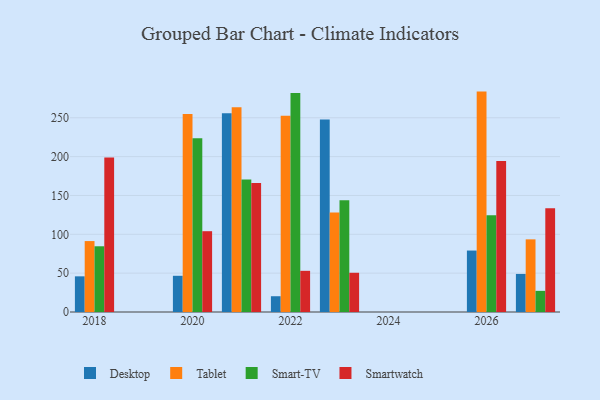
{"axis": {"x": "Year", "y": "Website Visitors"}, "legend": ["Desktop", "Smart-TV", "Smartwatch", "Tablet"], "data": [{"x": "2021", "y": 255.7, "type": "Desktop"}, {"x": "2021", "y": 263.5, "type": "Tablet"}, {"x": "2021", "y": 170.5, "type": "Smart-TV"}, {"x": "2021", "y": 166.1, "type": "Smartwatch"}, {"x": "2027", "y": 49.0, "type": "Desktop"}, {"x": "2027", "y": 93.5, "type": "Tablet"}, {"x": "2027", "y": 27.2, "type": "Smart-TV"}, {"x": "2027", "y": 133.7, "type": "Smartwatch"}, {"x": "2018", "y": 45.9, "type": "Desktop"}, {"x": "2018", "y": 91.3, "type": "Tablet"}, {"x": "2018", "y": 84.6, "type": "Smart-TV"}, {"x": "2018", "y": 199.0, "type": "Smartwatch"}, {"x": "2022", "y": 20.3, "type": "Desktop"}, {"x": "2022", "y": 252.6, "type": "Tablet"}, {"x": "2022", "y": 281.9, "type": "Smart-TV"}, {"x": "2022", "y": 53.0, "type": "Smartwatch"}, {"x": "2020", "y": 46.6, "type": "Desktop"}, {"x": "2020", "y": 255.0, "type": "Tablet"}, {"x": "2020", "y": 223.6, "type": "Smart-TV"}, {"x": "2020", "y": 104.0, "type": "Smartwatch"}, {"x": "2026", "y": 79.1, "type": "Desktop"}, {"x": "2026", "y": 283.7, "type": "Tablet"}, {"x": "2026", "y": 124.5, "type": "Smart-TV"}, {"x": "2026", "y": 194.4, "type": "Smartwatch"}, {"x": "2023", "y": 247.9, "type": "Desktop"}, {"x": "2023", "y": 128.0, "type": "Tablet"}, {"x": "2023", "y": 143.9, "type": "Smart-TV"}, {"x": "2023", "y": 50.5, "type": "Smartwatch"}]}